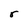
Character: r